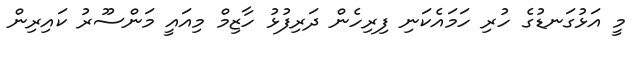
މީ އަޅުގަނޑުގެ ހުރި ހަމައެކަނި ފިރިހެން ދަރިފުޅު ހާޒިމް މިއައީ މަންސޫރު ކައިރިން